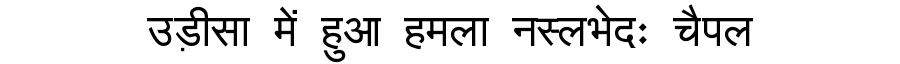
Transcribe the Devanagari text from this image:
उड़ीसा में हुआ हमला नस्लभेदः चैपल